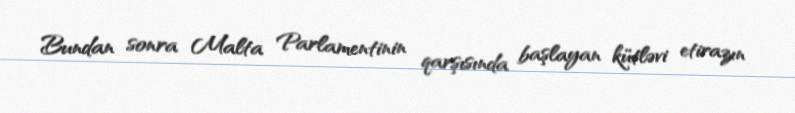
Bundan sonra Malta Parlamentinin qarşısında başlayan kütləvi etirazın